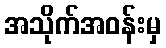
အသိုက်အဝန်းမှ